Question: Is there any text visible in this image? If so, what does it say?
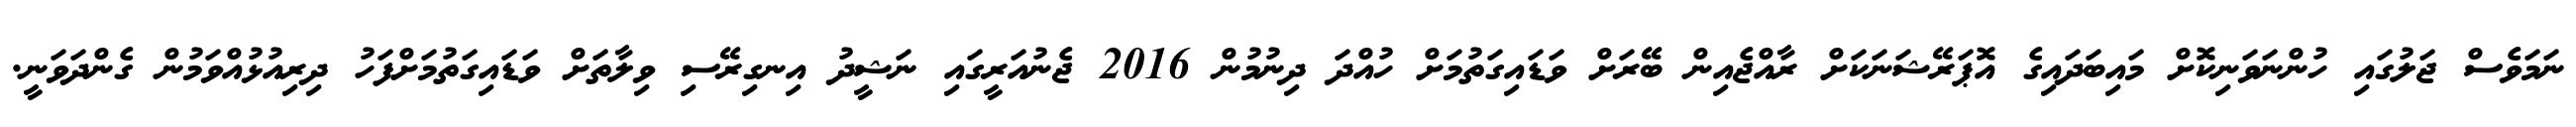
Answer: ނަމަވެސް ޖަލުގައި ހުންނަވަނިކޮށް މައިބަދައިގެ އޮޕަރޭޝަނަކަށް ރާއްޖެއިން ބޭރަށް ވަޑައިގަތުމަށް ހުއްދަ ދިނުމުން 2016 ޖެނުއަރީގައި ނަޝީދު އިނގިރޭސި ވިލާތަށް ވަޑައިގަތުމަށްފަހު ދިރިއުޅުއްވަމުން ގެންދަވަނީ.